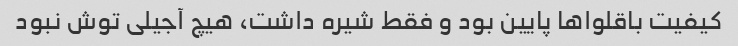
کیفیت باقلواها پایین بود و فقط شیره داشت، هیچ آجیلی توش نبود